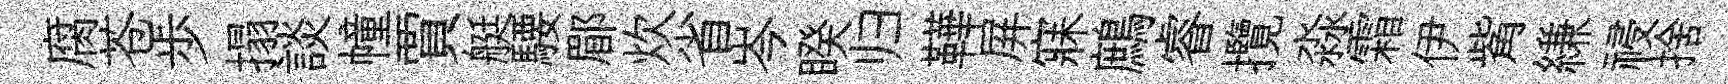
腐苍歩搨談幢賈艇騕郿炊省岑睽归鞾屏寐鷓睿攬淼霜伊觜縑祲捨